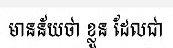
មានន័យថា ខ្លួន ដែលជា